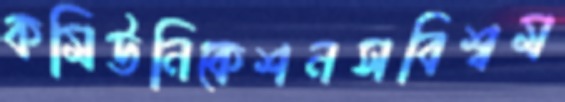
কমিউনিকেশনসবিশ্বম